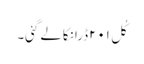
کُل ۲۰۱ڈرانکالے گئی۔